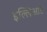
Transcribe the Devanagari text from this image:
इल्लिआड